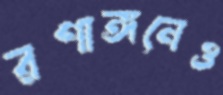
রণাঙ্গনেও